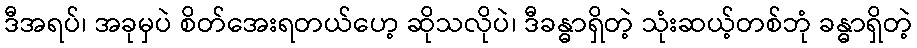
ဒီအရပ်၊ အခုမှပဲ စိတ်အေးရတယ်ဟေ့ ဆိုသလိုပဲ၊ ဒီခန္ဓာရှိတဲ့ သုံးဆယ့်တစ်ဘုံ ခန္ဓာရှိတဲ့